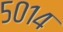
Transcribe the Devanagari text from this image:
५०१४